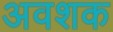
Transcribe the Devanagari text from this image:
अवशक